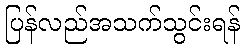
ပြန်လည်အသက်သွင်းရန်